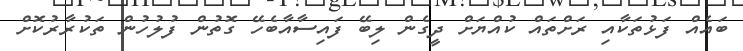
ބައެއް ފަޅުތަކާއި ރަށްތައް ކުއްޔަށް ދީގެން ލިބޭ ފައިސާއާބެހޭ ގޮތުން ފުުލުހުން ތަކުރާރުކޮށް